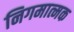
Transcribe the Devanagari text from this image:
निगमात्मक